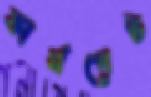
ফার্মগেট